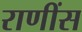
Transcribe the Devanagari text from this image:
राणींस